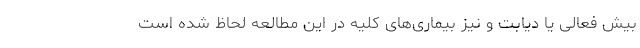
بیش فعالی یا دیابت و نیز بیماری‌های کلیه در این مطالعه لحاظ شده است